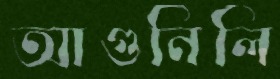
আগুনিলি